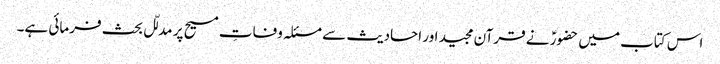
اس کتاب میں حضورؑ نے قرآن مجید اور احادیث سے مسئلہ وفاتِ مسیح پر مدلّل بحث فرمائی ہے۔